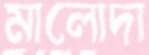
মালোদা